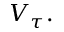
V _ { \tau } .